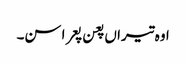
اوہ تیراں پعن پعرا سن۔